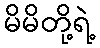
မိမိတို့ရဲ့